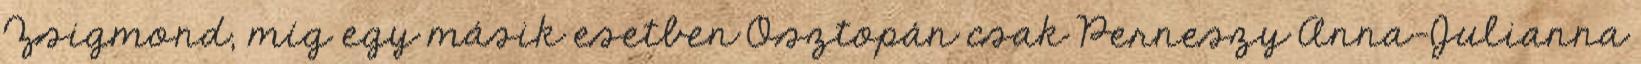
Zsigmond, míg egy másik esetben Osztopán csak Perneszy Anna-Julianna